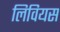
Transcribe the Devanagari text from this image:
लिवियस